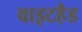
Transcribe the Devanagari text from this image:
वाइटहैड